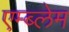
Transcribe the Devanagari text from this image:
एम्ब्लेम